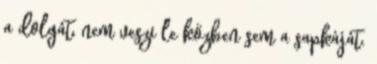
a dolgát, nem veszi le közben sem a sapkáját.